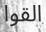
القوا